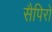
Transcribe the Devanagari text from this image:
सैपिरो